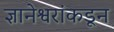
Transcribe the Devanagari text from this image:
ज्ञानेश्वरांकडून